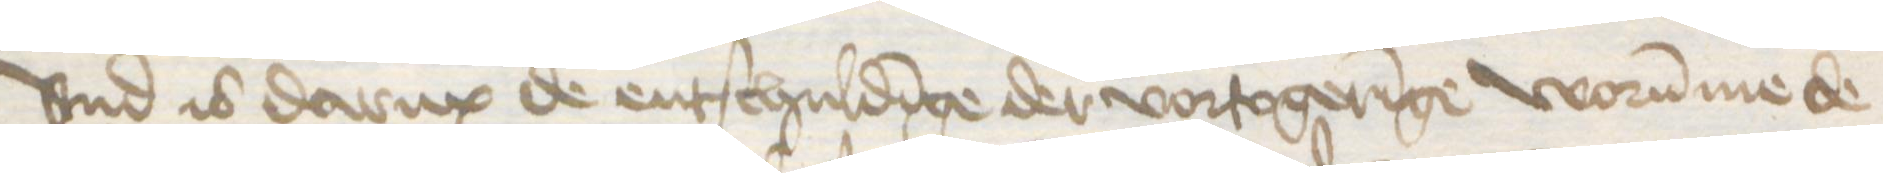
vnd is darup de entschuldinge der vortogeringe worumme de